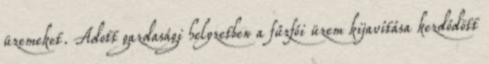
üzemeket. Adott gazdasági helyzetben a fűzfői üzem kijavítása kezdődött